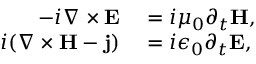
\begin{array} { r l } { - i \nabla \times \mathbf { E } } & { { } = i \mu _ { 0 } \partial _ { t } \mathbf { H } , } \\ { i ( \nabla \times \mathbf { H } - \mathbf { j } ) } & { { } = i \epsilon _ { 0 } \partial _ { t } \mathbf { E } , } \end{array}